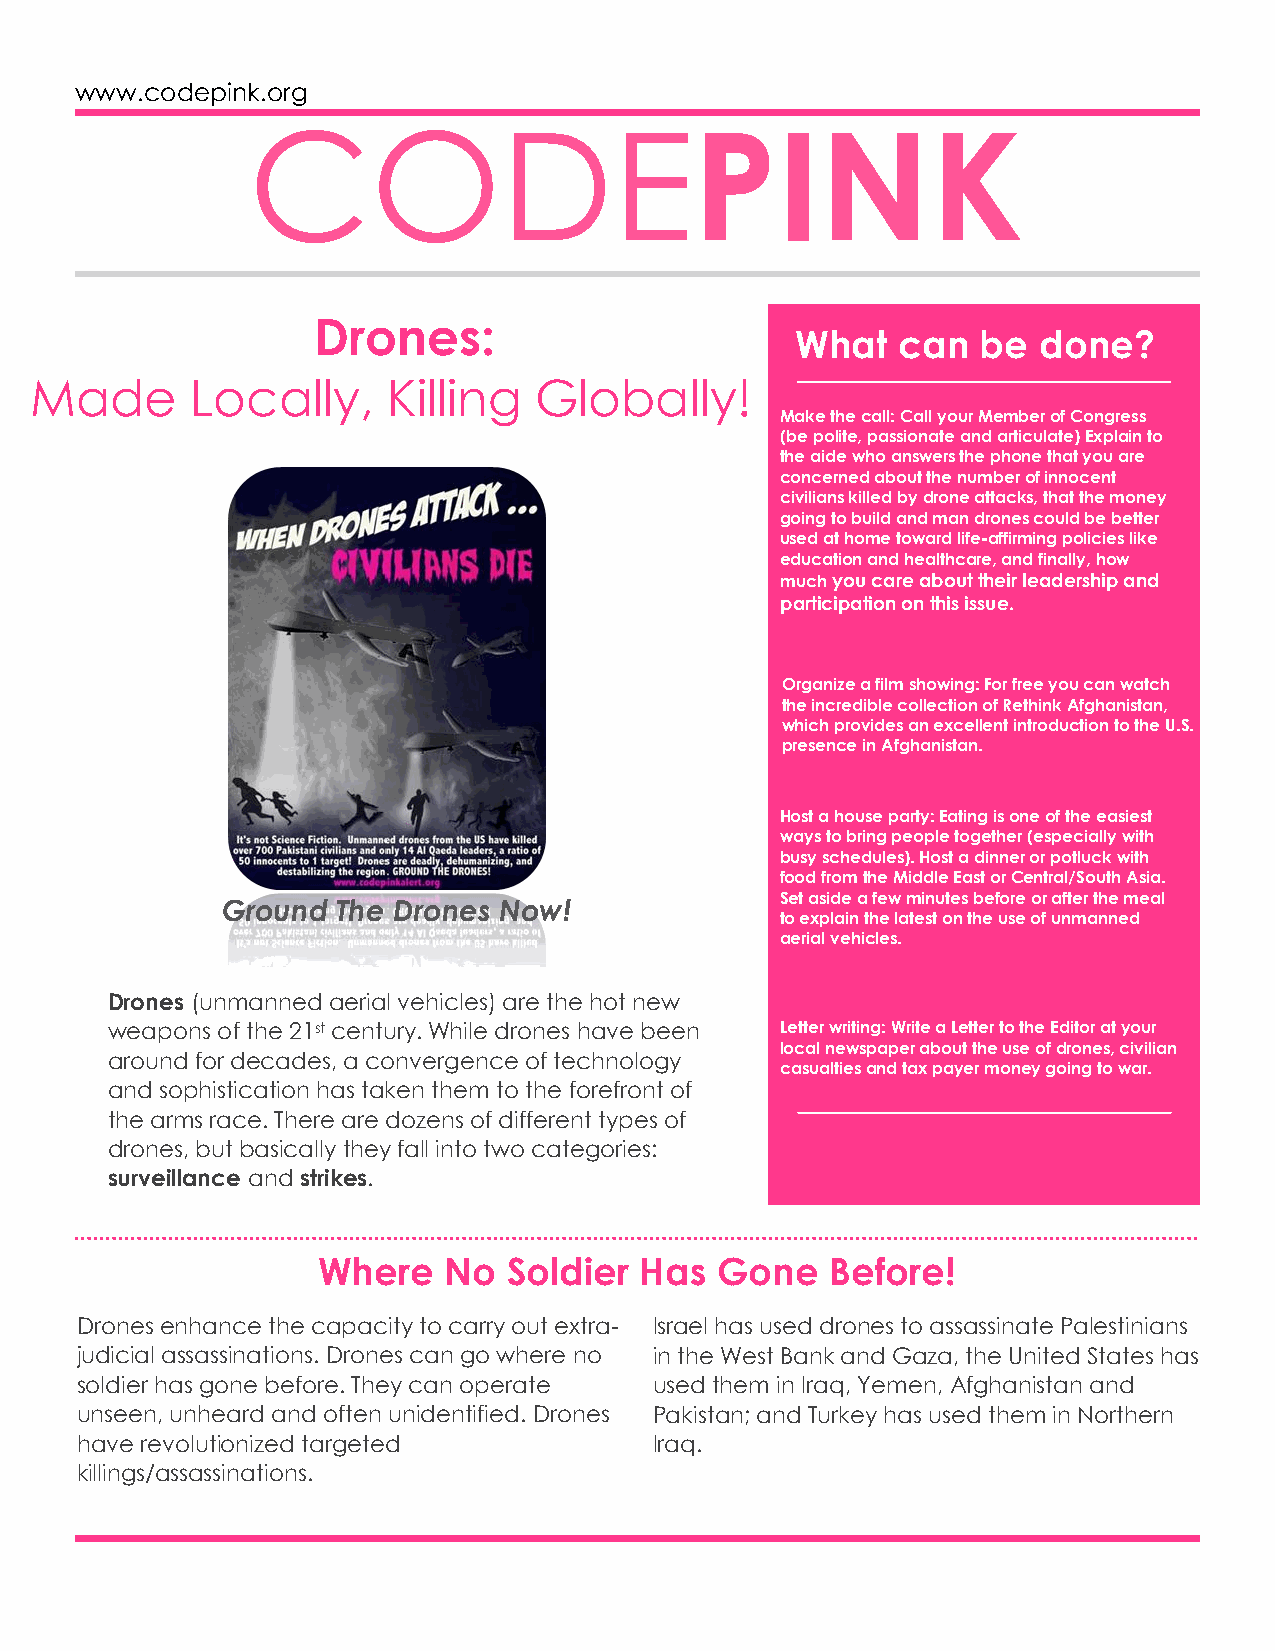
www.codepink.org
 CODEPINK
 Drones:
 What  can   be  done?
 Made       Locally,     Killing  Globally!
 Make the call: Call your Member of Congress
 (be polite, passionate and articulate) Explain to
 the aide who answers the phone that you are
 concerned about the number of innocent
 civilians killed by drone attacks, that the money
 going to build and man drones could be better
 used at home toward life-affirming policies like
 education and healthcare, and finally, how
 much you care about their leadership and
 participation on this issue.
 Organize a film showing: For free you can watch
 the incredible collection of Rethink Afghanistan,
 which provides an excellent introduction to the U.S.
 presence in Afghanistan.
 Host a house party: Eating is one of the easiest
 ways to bring people together (especially with
 busy schedules). Host a dinner or potluck with
 food from the Middle East or Central/South Asia.
 Set aside a few minutes before or after the meal
 Ground The Drones Now!
 to explain the latest on the use of unmanned
 aerial vehicles.
 Drones (unmanned aerial vehicles) are the hot new
 weapons of the 21st century. While drones have been Letter writing: Write a Letter to the Editor at your
 local newspaper about the use of drones, civilian
 around for decades, a convergence of technology
 casualties and tax payer money going to war.
 and sophistication has taken them to the forefront of
 the arms race. There are dozens of different types of
 drones, but basically they fall into two categories:
 surveillance and strikes.
 Where   No   Soldier Has  Gone    Before!
 Drones enhance the capacity to carry out extra- Israel has used drones to assassinate Palestinians
 judicial assassinations. Drones can go where no in the West Bank and Gaza, the United States has
 soldier has gone before. They can operate used them in Iraq, Yemen, Afghanistan and
 unseen, unheard and often unidentified. Drones Pakistan; and Turkey has used them in Northern
 have revolutionized targeted          Iraq.
 killings/assassinations.